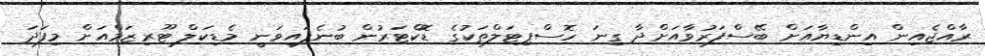
ރާއްޖެއިން އިންޑިޔާއަށް ބޭސްފަރުވާއަށްދާ ގިނަ ހޮސްޕިޓަލްތަކުގެ ޑޮކްޓަރުން ބުނެފައިވަނީ މެޑިކަލް ޓޫރިޒަމްއަށް މިފަދަ